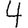
Digit: 4